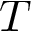
T